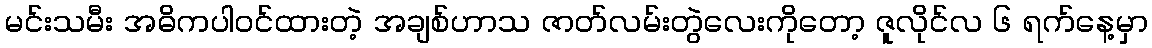
မင်းသမီး အဓိကပါဝင်ထားတဲ့ အချစ်ဟာသ ဇာတ်လမ်းတွဲလေးကိုတော့ ဇူလိုင်လ ၆ ရက်နေ့မှာ